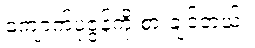
ကျောက်ပုဇွန်ကို စားချင်တယ်။